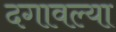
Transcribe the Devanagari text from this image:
दगावल्या